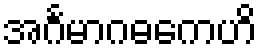
အင်္ဂမာဂဓကေဟိ